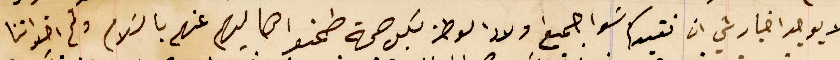
لا يوجد اخبار شي ان نفيدكم سَوا جميع اولاد الوطن بكل صحة طمنو اهاليهم عنهم بالسَلام ولم اخواتنا